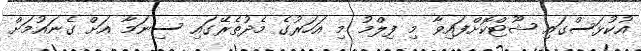
އުކުޅަސްގައި ޝޫޓްކޮށްފައިވާ މި ފިލްމު މި އަހަރުގެ މެދުތެރޭގައި ސިނަމާ އަށް ގެނައުމަށް